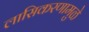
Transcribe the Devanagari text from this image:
लासिकरणामुळे